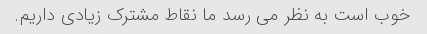
خوب است به نظر می رسد ما نقاط مشترک زیادی داریم.